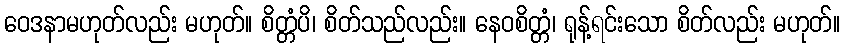
ဝေဒနာမဟုတ်လည်း မဟုတ်။ စိတ္တံပိ၊ စိတ်သည်လည်း။ နေဝစိတ္တံ၊ ရုန့်ရင်းသော စိတ်လည်း မဟုတ်။